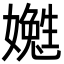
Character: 嬔